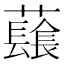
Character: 𧄂